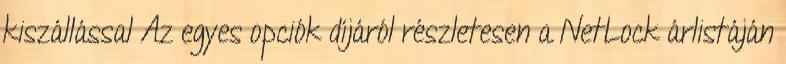
kiszállással Az egyes opciók díjáról részletesen a NetLock árlistáján